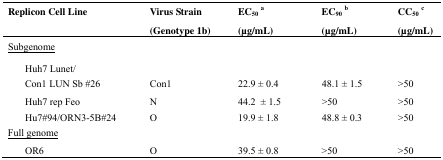
| <COLSPAN=2> Replicon Cell Line | Virus Strain | EC50 a | EC90 b | CC50 c |
 | <COLSPAN=2>  | (Genotype 1b) | (μg/mL) | (μg/mL) | (μg/mL) |
 | --- | --- | --- | --- | --- | --- |
 | <COLSPAN=2> <underline>Subgenome</underline> |  |  |  |  |
 |  | Huh7 Lunet/Con1 LUN Sb #26 | Con1 | 22.9 ± 0.4 | 48.1 ± 1.5 | >50 |
 |  | Huh7 rep Feo | N | 44.2 ± 1.5 | >50 | >50 |
 |  | Hu7#94/ORN3-5B#24 | O | 19.9 ± 1.8 | 48.8 ± 0.3 | >50 |
 | <COLSPAN=2> <underline>Full genome</underline> |  |  |  |  |
 | <COLSPAN=2> OR6 | O | 39.5 ± 0.8 | >50 | >50 |